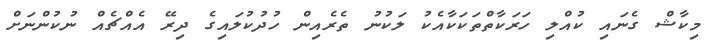
މިކާޝް ގެނައި ކުއްލި ހަރަކާތްތަކަކާއެކު ލަކުނު ތެރެއިން ހުދުކުލައިގެ ދިރޭ އެއްޗެއް ނުކުންނަށް